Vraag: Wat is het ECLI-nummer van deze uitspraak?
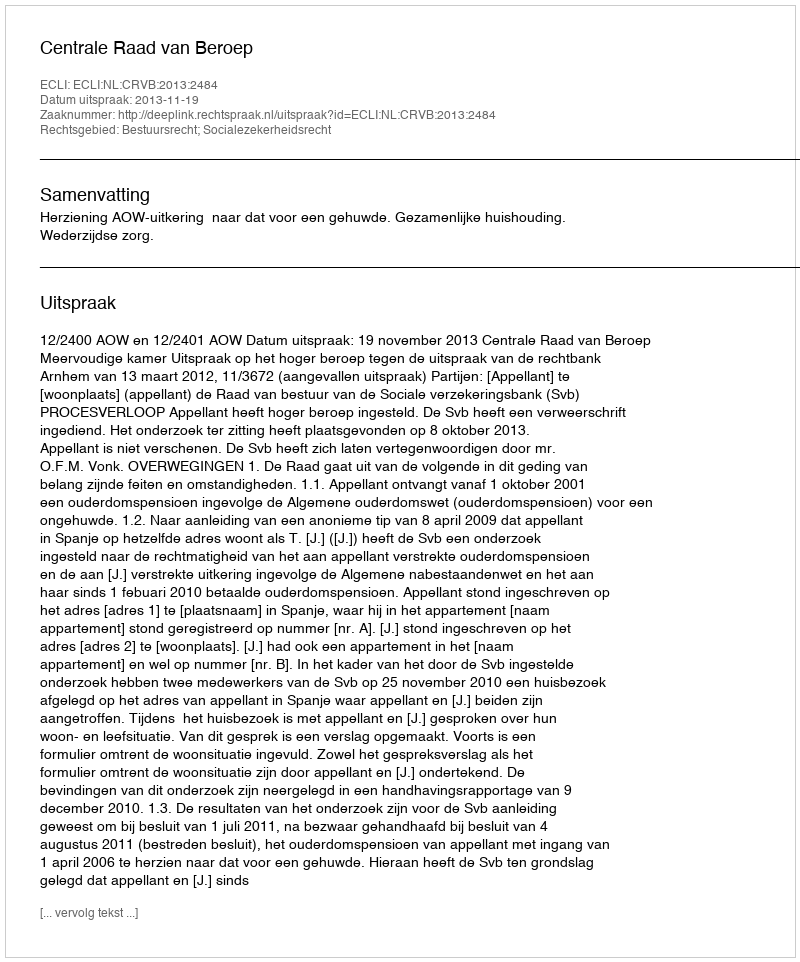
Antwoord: ECLI:NL:CRVB:2013:2484